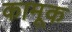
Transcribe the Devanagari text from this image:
कामूक